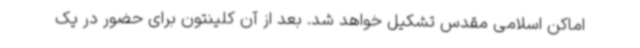
اماکن اسلامی مقدس تشکیل خواهد شد. بعد از آن کلینتون برای حضور در یک